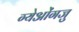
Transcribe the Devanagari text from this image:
ग्येओंगजु